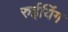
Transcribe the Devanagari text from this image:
रुईयिंग